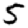
Digit: 5